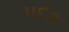
પદક